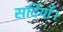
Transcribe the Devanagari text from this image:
सर्दियाँ।